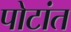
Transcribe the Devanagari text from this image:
पोटांत